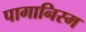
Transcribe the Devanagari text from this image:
पागानिस्म